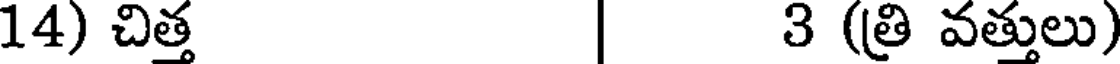
14) చిత్త | 3 (త్రి వత్తులు)